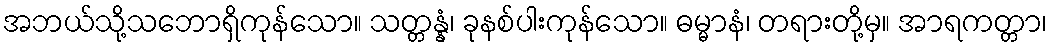
အဘယ်သို့သဘောရှိကုန်သော။ သတ္တန္နံ၊ ခုနစ်ပါးကုန်သော။ ဓမ္မာနံ၊ တရားတို့မှ။ အာရကတ္တာ၊